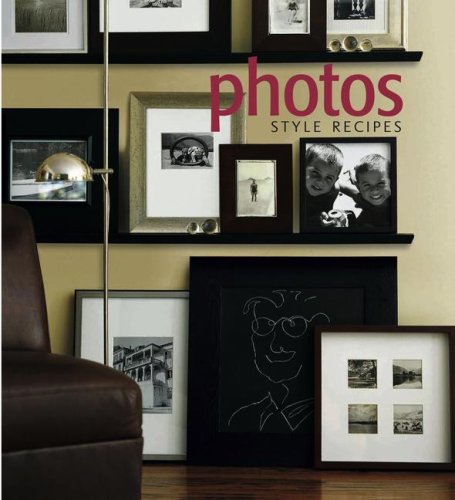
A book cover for Photos; Samantha Moss; Crafts, Hobbies & Home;